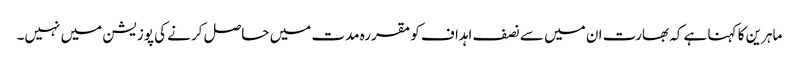
ماہرین کا کہنا ہے کہ بھارت ان میں سے نصف اہداف کو مقررہ مدت میں حاصل کرنے کی پوزیشن میں نہیں۔